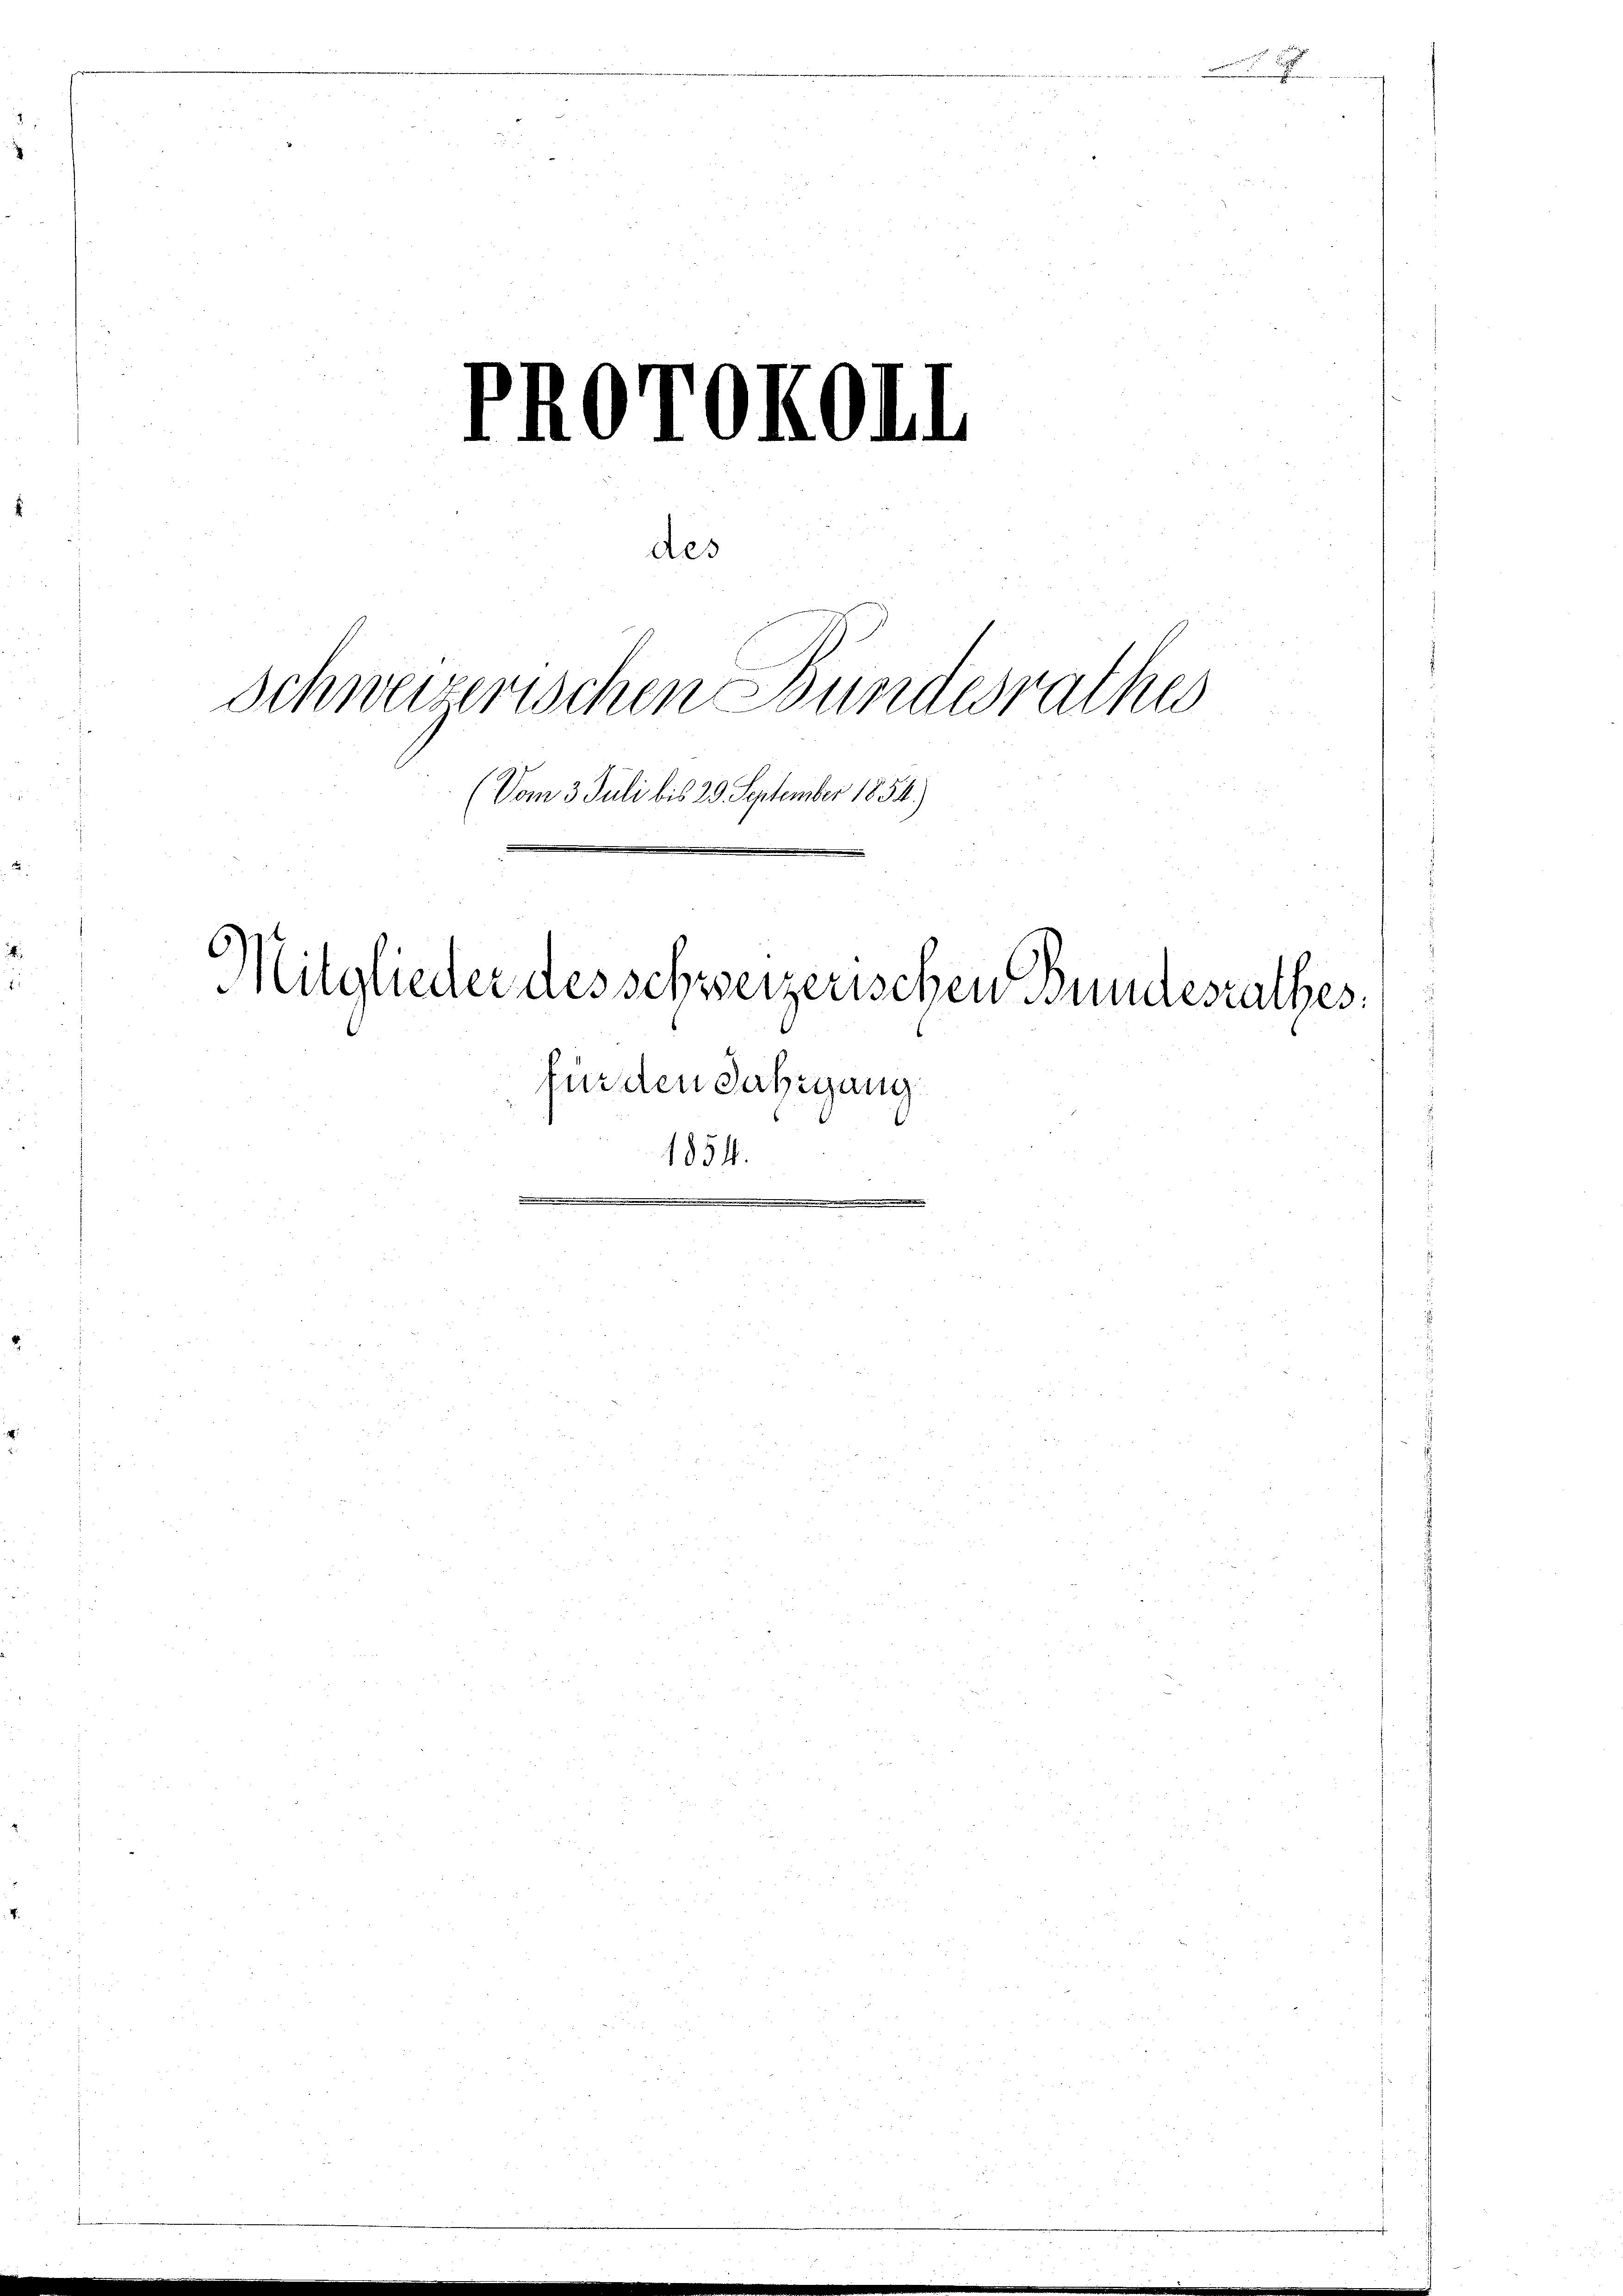
PRotokoll

des

Schweizerischen Bundesrathes
(Vom 3. Juli bis 29. September 1854.)
Mitglieder des schweizerischen Brundesrathes,
für den Jahrgang